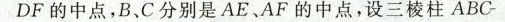
DF 的中点，B、C 分别是 AE、AF 的中点，设三棱柱 ABC-